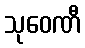
သုဝေဏီ